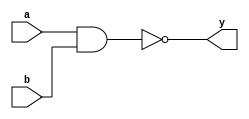
`timescale 1ns / 1ps
//////////////////////////////////////////////////////////////////////////////////
// Company: 
// Engineer: 
// 
// Design Name: 
// Module Name: nand_gate
// Project Name: 
// Target Devices: 
// Tool Versions: 
// Description: 
// 
// Dependencies: 
// 
// Revision:
// Revision 0.01 - File Created
// Additional Comments:
// 
//////////////////////////////////////////////////////////////////////////////////


module nand_gate( y, a, b);
input a,b;
output y;
assign y = ~(a&&b);
endmodule